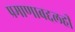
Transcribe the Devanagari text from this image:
प्रमाणाबद्दलही